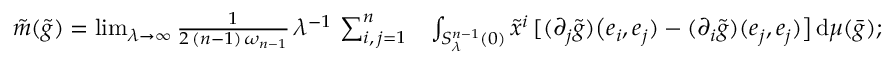
\begin{array} { r l } { \tilde { m } ( \tilde { g } ) = \operatorname* { l i m } _ { \lambda \to \infty } \frac { 1 } { 2 \, ( n - 1 ) \, \omega _ { n - 1 } } \, \lambda ^ { - 1 } \, \sum _ { i , \, j = 1 } ^ { n } } & { \int _ { S _ { \lambda } ^ { n - 1 } ( 0 ) } \tilde { x } ^ { i } \, [ ( \partial _ { j } \tilde { g } ) \big ( e _ { i } , e _ { j } ) - ( \partial _ { i } \tilde { g } ) ( e _ { j } , e _ { j } ) \big ] \, \mathrm { d } \mu ( \bar { g } ) ; } \end{array}